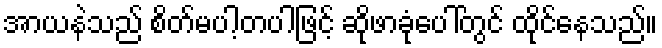
အာယနဲသည် စိတ်မပါ့တပါဖြင့် ဆိုဖာခုံပေါ်တွင် ထိုင်နေသည်။